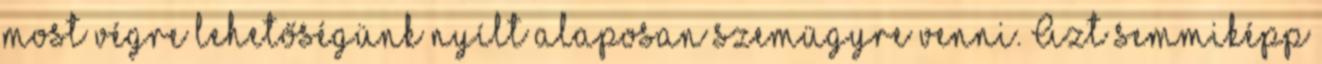
most végre lehetőségünk nyílt alaposan szemügyre venni. Azt semmiképp